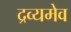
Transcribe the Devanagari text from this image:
द्रव्यमेव